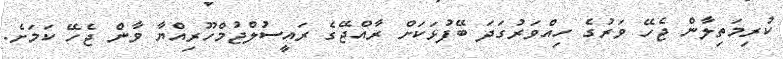
ކުރިމަތިލާން ޖެހޭ ވަރުގެ ހިއްވަރުގަދަ ބޭފުޅަކަށް ރާއްޖޭގެ ރައީސުލްޖުމްހޫރިއްޔާ ވާން ޖެހޭ ކަމަށެ.